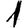
Digit: 1